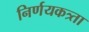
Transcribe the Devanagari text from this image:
निर्णयकत्र्ता